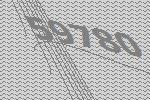
59780